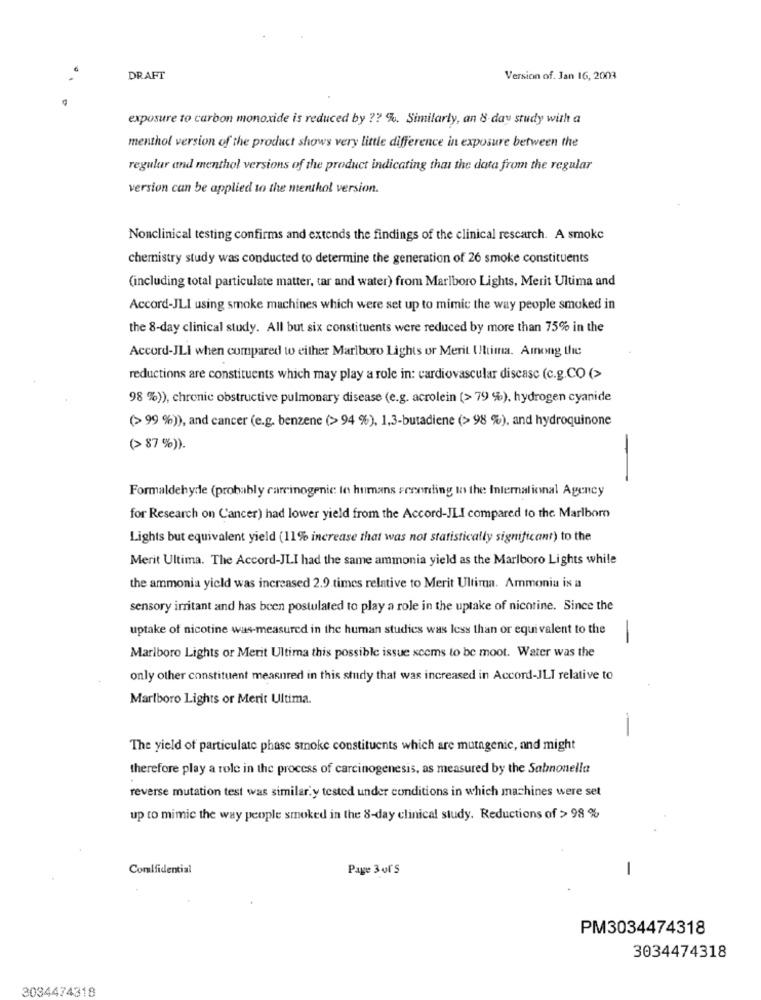
..
DRAFT
Version of. Jan 16, 2003
exposure to carbon monoxide is reduced by ?? %. Similarly, an & day study with a
menthol version of the product shows very little difference in exposure between the
regular and menthol versions of the product indicating that the data from the regular
version can be applied to the menthol version.
Nonclinical testing confirms and extends the findings of the clinical rescarch. A smoke
chemistry study was conducted to determine the generation of 26 smoke constituents
(including total particulate matter, tar and water) from Marlboro Lights, Merit Ultima and
Accord-JLI using smoke machines which were set up to mimic the way people smoked in
the 8-day clinical study. All but six constituents were reduced by more than 75% in the
Accord-JLI when compared to either Marlboro Lights or Merit Ultima. Among the
reductions are constituents which may play a role in: cardiovascular disease (c.g.CO (>
98 %), chronic obstructive pulmonary disease (e.g. acrolein (> 79 %), hydrogen cyanide
(> 99 %)), and cancer (e.g. benzene (> 94 %), 1,3-butadiene (> 98 %), and hydroquinone
(> 87 %)).
Formaldehyde (probably carcinogenic le humans seenning to the International Agency
for Research on Cancer) had lower yield from the Accord-JLI compared to the Marlboro
Lights but equivalent yield (11% increase that was not statistically significant) to the
Merit Ultima. The Accord-JLI had the same ammonia yield as the Marlboro Lights while
the ammonia yield was increased 2.9 times relative to Merit Ultima. Ammonia is a
sensory irritant and has been postulated to play a role in the uptake of nicotine. Since the
uptake of nicotine was-measured in the human studies was less than or equivalent to the
-
Marlboro Lights or Merit Ultima this possible issue seems to be moot. Water was the
only other constituent measured in this study that was increased in Accord-JLI relative to
Marlboro Lights or Merit Ultima.
-
The yield of particulate phase smoke constituents which are mutagenic, and might
therefore play a role in the process of carcinogenesis, as measured by the Salmonella
reverse mutation test was similar.y tested under conditions in which machines were set
up to mimic the way people smoked in the 8-day clinical study. Reductions of > 98 %
Comlfidential
Page 3 of5
-
PM3034474318
3034474318
3034474318